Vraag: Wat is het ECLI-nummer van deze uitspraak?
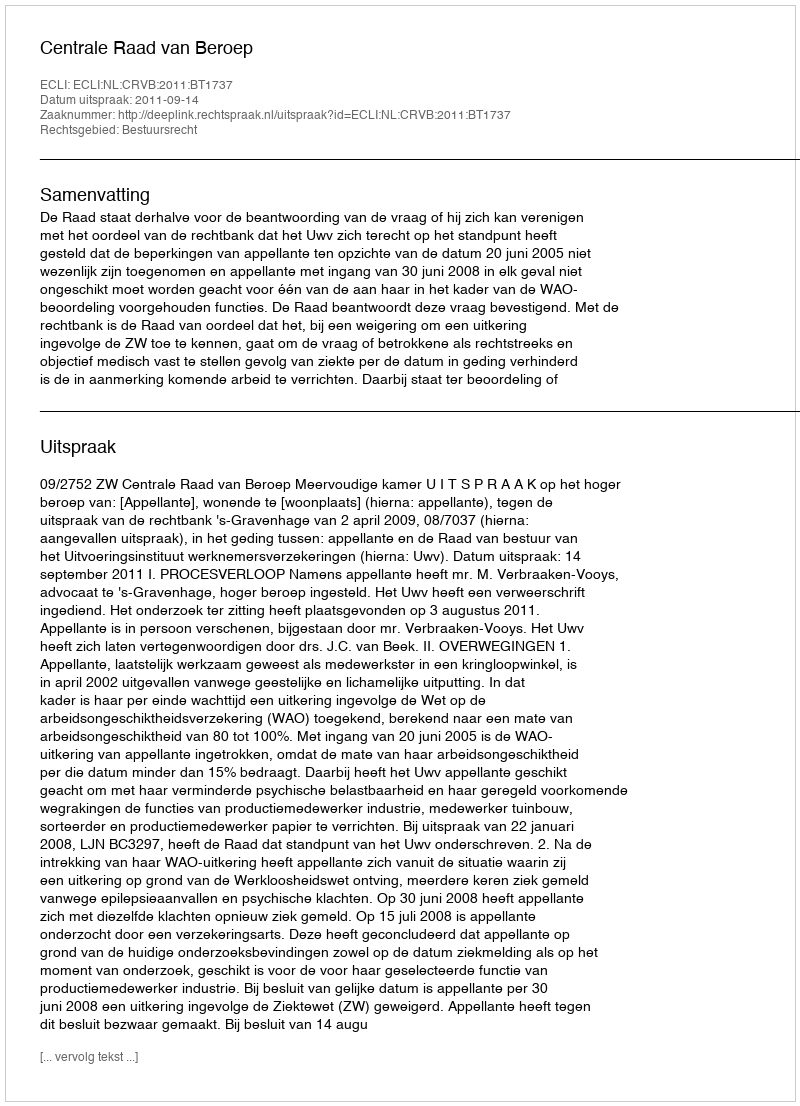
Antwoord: ECLI:NL:CRVB:2011:BT1737